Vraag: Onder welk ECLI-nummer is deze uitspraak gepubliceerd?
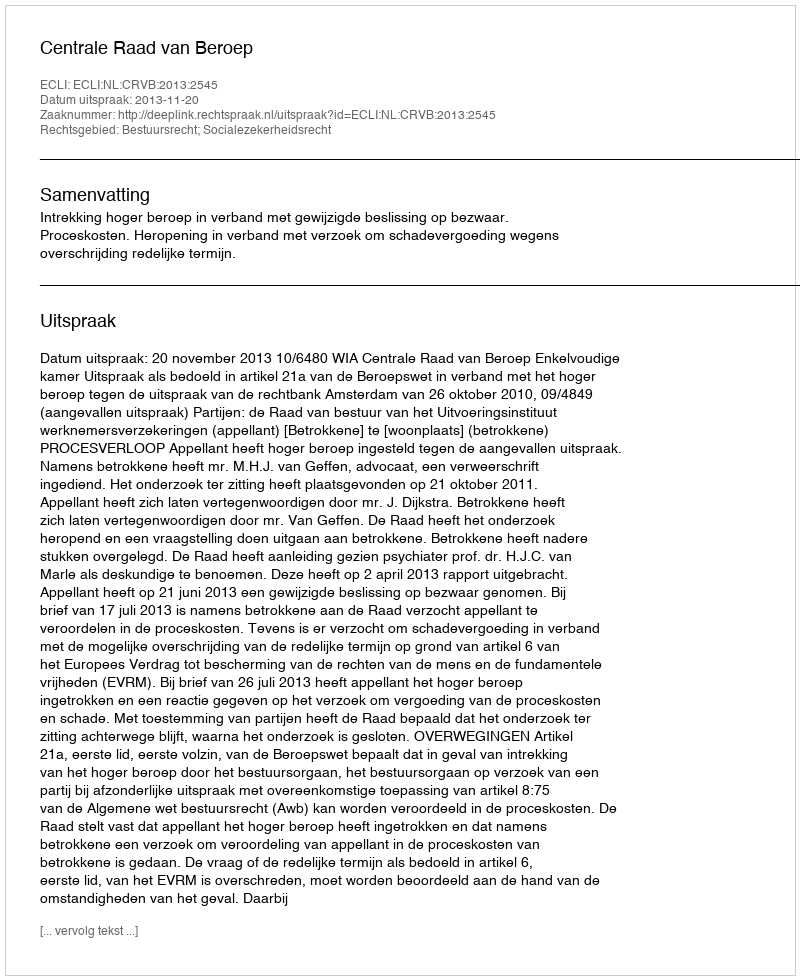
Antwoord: ECLI:NL:CRVB:2013:2545